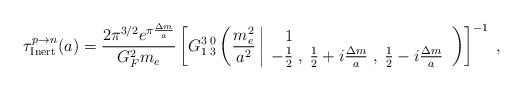
\begin{align*}{\tau}^{p \to n}_{\rm Inert} (a) = \frac{2 \pi^{3/2} e^{\pi \frac{{\Delta m}}{a}}}{G_F^2 m_e } \left[ G_{1\;3}^{3\;0} \left( \frac{m_e^2}{a^2} \left| \begin{array}{l} \;\;\;1\\ -\frac{1}{2}\;,\;\frac{1}{2}+i \frac{\Delta m}{a}\;,\;\frac{1}{2}-i \frac{\Delta m}{a} \end{array} \right. \right) \right]^{-1} \; , \end{align*}